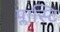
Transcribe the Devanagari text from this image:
प्लास्टि